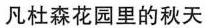
凡杜森花园里的秋天